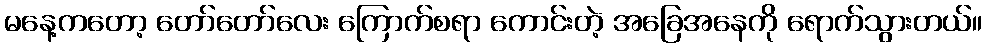
မနေ့ကတော့ တော်တော်လေး ကြောက်စရာ ကောင်းတဲ့ အခြေအနေကို ရောက်သွားတယ်။